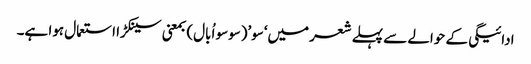
ادائیگی کے حوالے سے پہلے شعر میں‘سو’(سوسو اُبال) بمعنی سینکڑا استعمال ہوا ہے۔